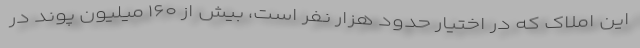
این املاک که در اختیار حدود هزار نفر است، بیش از ۱۶۰ میلیون پوند در